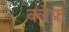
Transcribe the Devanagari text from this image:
क्लेफ़